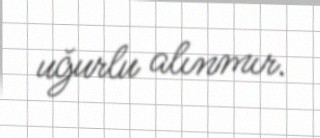
uğurlu alınmır.